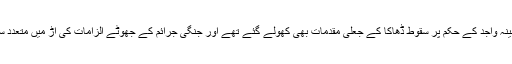
اس سے قبل بنگلہ دیش کی موجودہ حکمراں حسینہ واجد کے حکم پر سقوط ڈھاکا کے جعلی مقدمات بھی کھولے گئے تھے اور جنگی جرائم کے جھوٹے الزامات کی آڑ میں متعدد سیاسی مخالفین کو تختہ دار پر لٹکایا جا چکا ہے۔